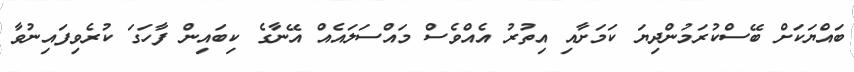
ބައްޔަކަށް ބޭސްކުރަމުންދިޔަ ކަމަށާއި އިތުރު އެއްވެސް މައްސަލައެއް އޭނާގެ ކިބައިން ފާހަގަ ކުރެވިފައިނުވާ